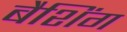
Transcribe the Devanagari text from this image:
बैशिंग